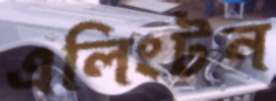
এলিংটন